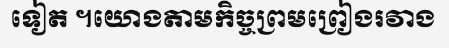
ទៀត ។យោងតាមកិច្ចព្រមព្រៀងរវាង